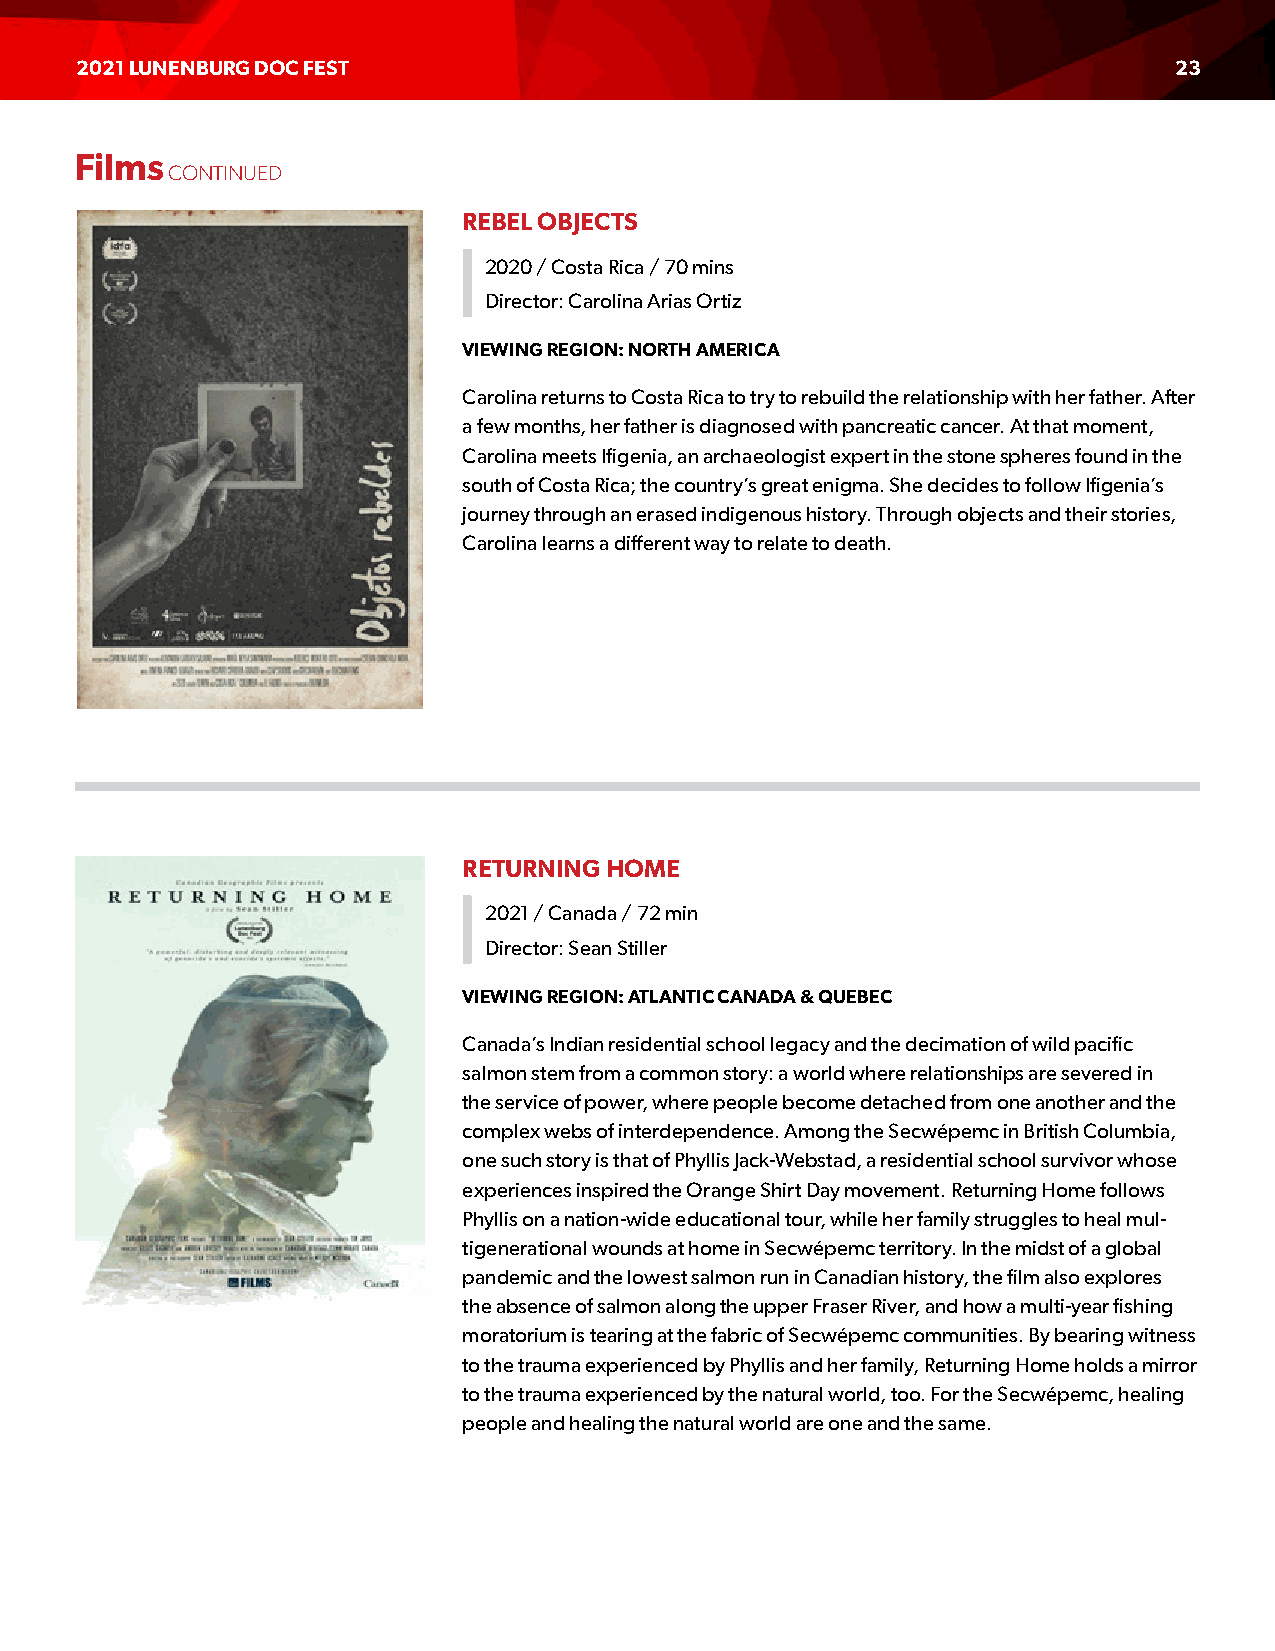
2021 LUNENBURG DOC FEST                                                  23
 Films
 CONTINUED
 REBEL OBJECTS
 2020 / Costa Rica / 70 mins
 Director: Carolina Arias Ortiz
 VIEWING REGION: NORTH AMERICA
 Carolina returns to Costa Rica to try to rebuild the relationship with her father. After
 a few months, her father is diagnosed with pancreatic cancer. At that moment,
 Carolina meets Ifigenia, an archaeologist expert in the stone spheres found in the
 south of Costa Rica; the country’s great enigma. She decides to follow Ifigenia’s
 journey through an erased indigenous history. Through objects and their stories,
 Carolina learns a different way to relate to death.
 RETURNING HOME
 2021 / Canada / 72 min
 Director: Sean Stiller
 VIEWING REGION: ATLANTIC CANADA & QUEBEC
 Canada’s Indian residential school legacy and the decimation of wild pacific
 salmon stem from a common story: a world where relationships are severed in
 the service of power, where people become detached from one another and the
 complex webs of interdependence. Among the Secwépemc in British Columbia,
 one such story is that of Phyllis Jack-Webstad, a residential school survivor whose
 experiences inspired the Orange Shirt Day movement. Returning Home follows
 Phyllis on a nation-wide educational tour, while her family struggles to heal mul-
 tigenerational wounds at home in Secwépemc territory. In the midst of a global
 pandemic and the lowest salmon run in Canadian history, the film also explores
 the absence of salmon along the upper Fraser River, and how a multi-year fishing
 moratorium is tearing at the fabric of Secwépemc communities. By bearing witness
 to the trauma experienced by Phyllis and her family, Returning Home holds a mirror
 to the trauma experienced by the natural world, too. For the Secwépemc, healing
 people and healing the natural world are one and the same.